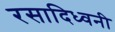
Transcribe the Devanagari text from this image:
रसादिध्वनी